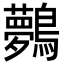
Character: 𪇓